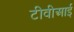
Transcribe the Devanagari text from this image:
टीवीआई